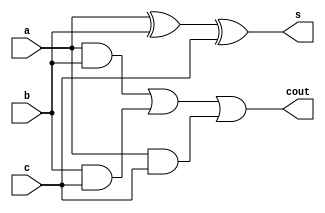
// Full adder using task
//----------------------------------
// Type : module
// Contact : mathewtg.mec@gmail.com
//------------------
//------------------
// Notes :- Using task to implement sum and carry of FA
//
module fa_task (s,cout,a,b,c);
  input a,b,c;
  output reg s,cout;
  
  always @ (a or b or c)
    FA (a,b,c,s,cout);
  
  task FA;
    input a,b,c;
    output s,cout; //Task can have multiple outputs
	
	begin //Delays can be specified in Tasks.
	  #2 s = a ^ b ^ c;
	  cout = ((a & b) | (b & c) | (a & c));
	end
	
  endtask
  
endmodule